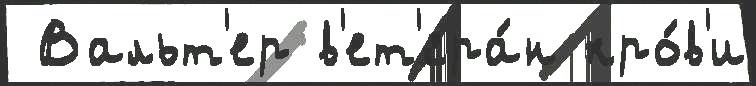
 Вальт'ер в'ет'ера́н кро́в'и